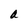
Character: a